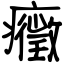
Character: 癥